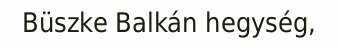
Büszke Balkán hegység,